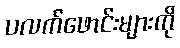
ပလက်ဖောင်းများကို